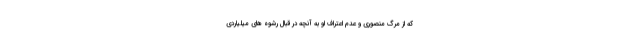
که از مرگ منصوری و عدم اعتراف او به آنچه در قبال رشوه های میلیاردی